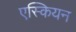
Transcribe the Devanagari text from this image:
एस्कियन